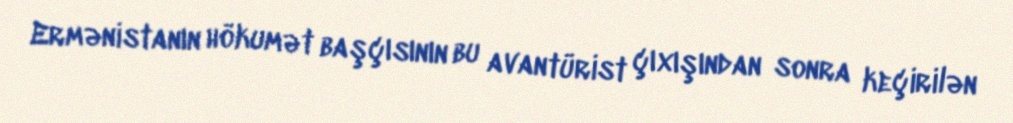
Ermənistanın hökumət başçısının bu avantürist çıxışından sonra keçirilən